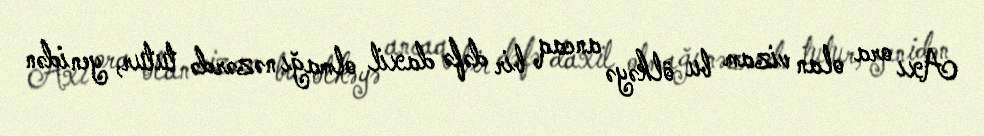
Axı ora olan vizam bu ölkəyə ancaq bir dəfə daxil olmağı nəzərdə tutur, yenidən